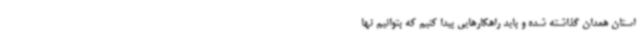
استان همدان گذاشته شده و باید راهکارهایی پیدا کنیم که بتوانیم نها